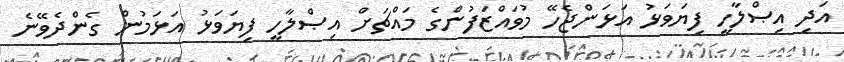
އަދި އިޞްލާހީ ފިޔަވަޅު އަޅަންޖެހޭ މުވައްޒަފުންގެ މައްޗަށް އިޞްލާހީ ފިޔަވަޅު އަޅަމުން ގެންދެވޭނެ